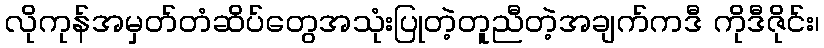
လိုကုန်အမှတ်တံဆိပ်တွေအသုံးပြုတဲ့တူညီတဲ့အချက်ကဒီ ကိုဒီဇိုင်း၊